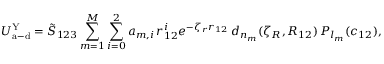
U _ { \mathrm { a - d } } ^ { \mathrm { Y } } = \tilde { S } _ { 1 2 3 } \sum _ { m = 1 } ^ { M } \sum _ { i = 0 } ^ { 2 } a _ { m , i } \, r _ { 1 2 } ^ { i } e ^ { - \zeta _ { r } r _ { 1 2 } } \, d _ { n _ { m } } ( \zeta _ { R } , R _ { 1 2 } ) \, P _ { l _ { m } } ( c _ { 1 2 } ) ,